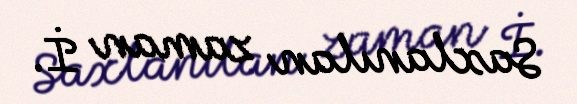
Saxlanılan zaman İ.